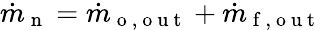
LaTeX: \dot{m}_{\mathrm{~n~}}=\dot{m}_{\mathrm{~o~,~o~u~t~}}+\dot{m}_{\mathrm{~f~,~o~u~t~}}